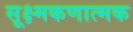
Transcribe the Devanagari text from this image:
सूक्ष्मकणात्मक